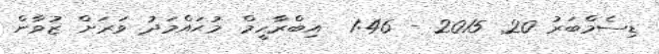
ޑިސެމްބަރު 20